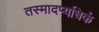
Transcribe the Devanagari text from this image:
तस्मादप्यधिकं